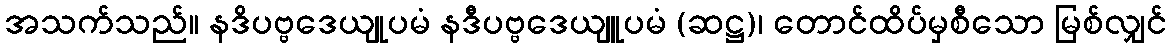
အသက်သည်။ နဒိပဗ္ဗဒေယျုပမံ နဒီပဗ္ဗဒေယျူပမံ (ဆဋ္ဌ)၊ တောင်ထိပ်မှစီသော မြစ်လျှင်